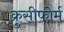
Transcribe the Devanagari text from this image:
क्रुसीफोर्म